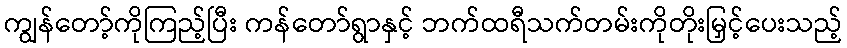
ကျွန်တော့်ကိုကြည့်ပြီး ကန်တော်ရွာနှင့် ဘက်ထရီသက်တမ်းကိုတိုးမြှင့်ပေးသည့်